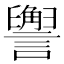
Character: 𬣏